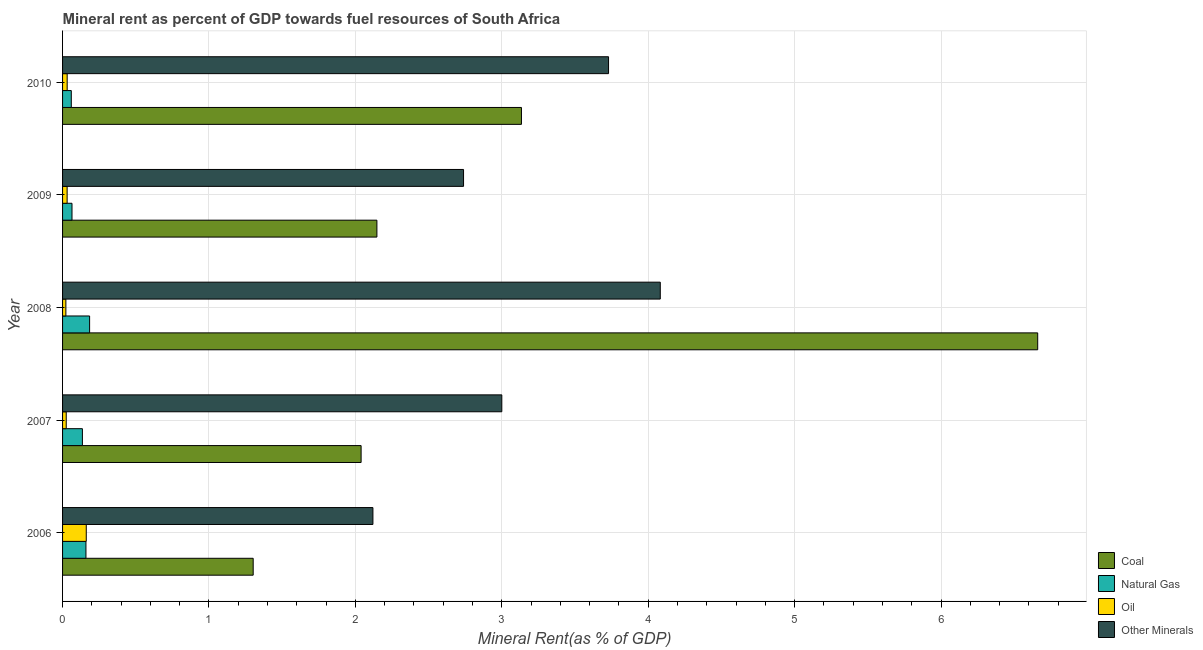
| Year | Coal | Natural Gas | Oil | Other Minerals |
 | --- | --- | --- | --- | --- |
 | 2006 | 1.3 | 0.16 | 0.162 | 2.12 |
 | 2007 | 2.04 | 0.136 | 0.025 | 3 |
 | 2008 | 6.66 | 0.185 | 0.0226 | 4.08 |
 | 2009 | 2.15 | 0.0644 | 0.0312 | 2.74 |
 | 2010 | 3.13 | 0.0597 | 0.0315 | 3.73 |